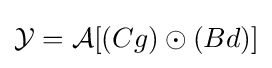
{\mathcal {Y}}={\mathcal {A}}[(Cg)\odot (Bd)]